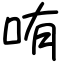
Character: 哊